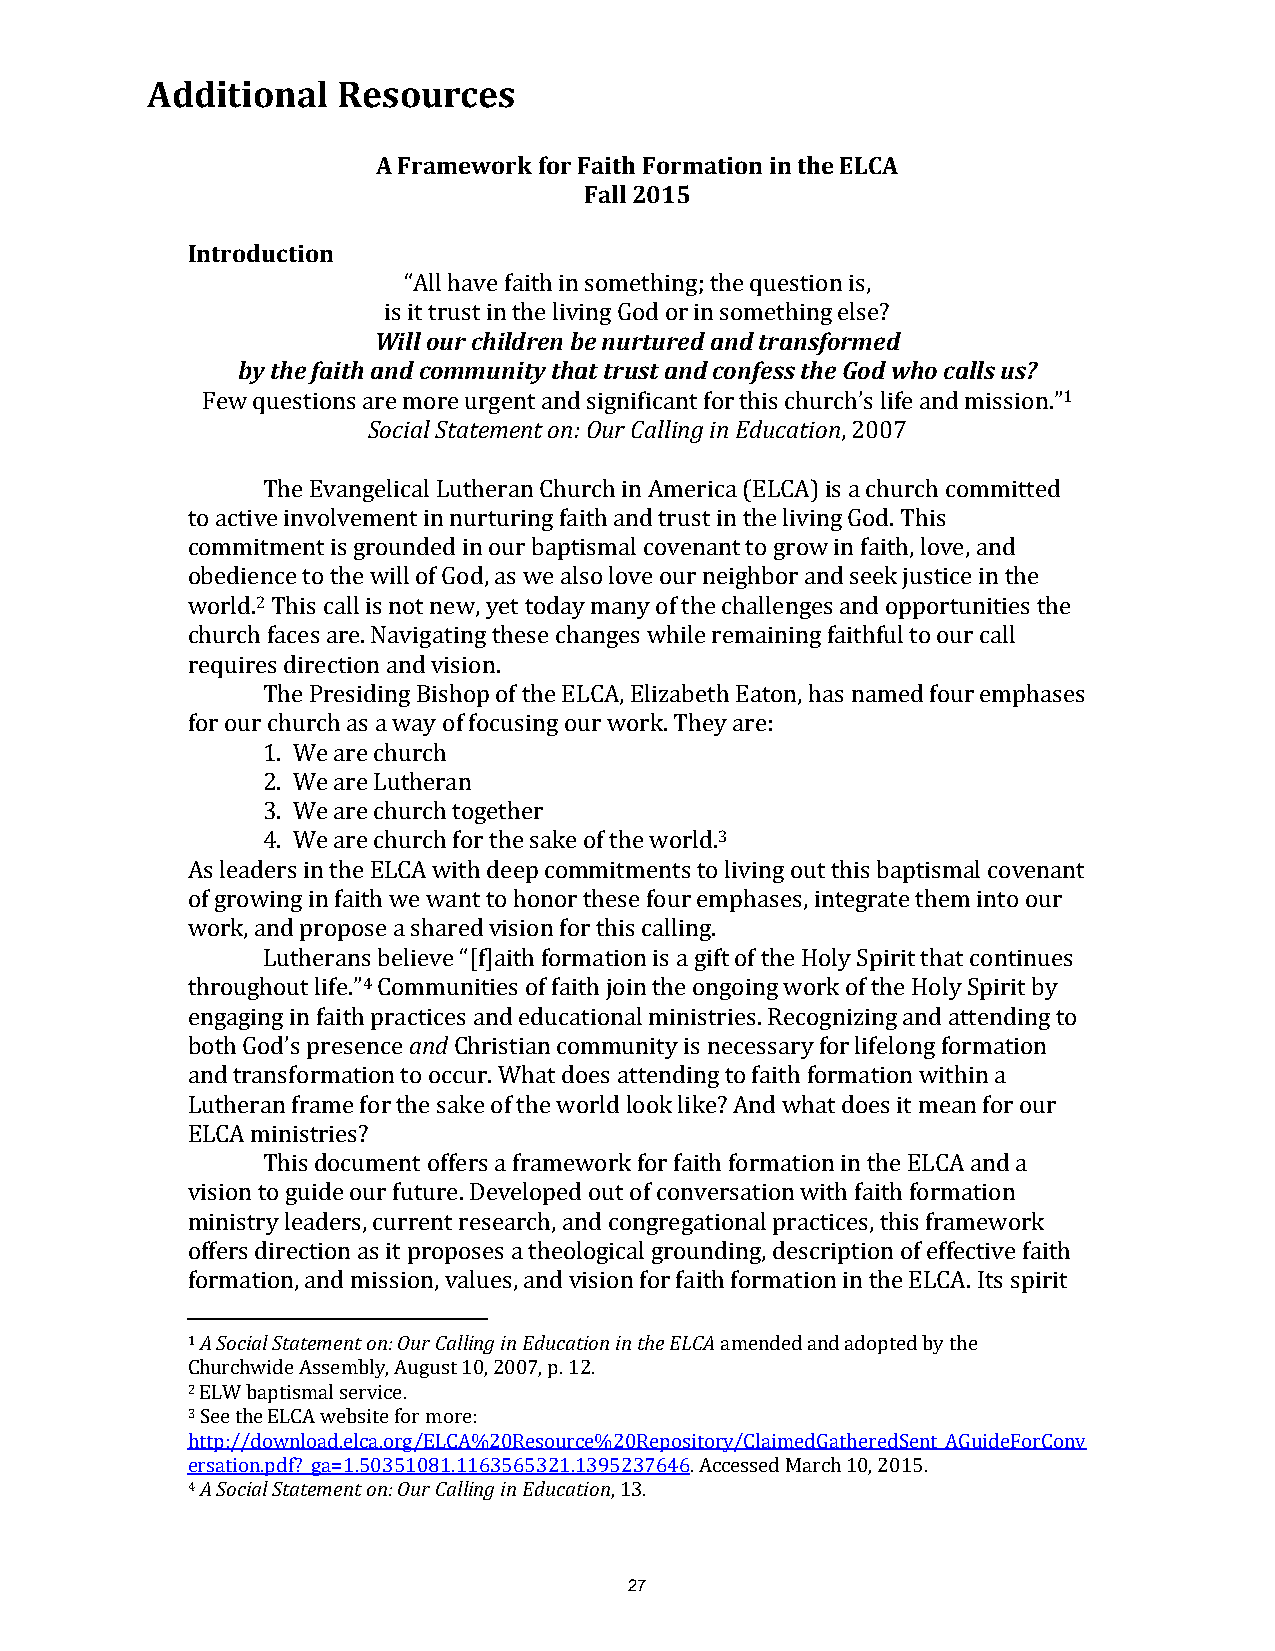
Additional  Resources
 A Framework for Faith Formation in the ELCA
 Fall 2015
 Introduction
 “All have faith in something; the question is,
 is it trust in the living God or in something else?
 Will our children be nurtured and transformed
 by the faith and community that trust and confess the God who calls us?
 Few questions are more urgent and significant for this church’s life and mission.”1
 Social Statement on: Our Calling in Education, 2007
 The Evangelical Lutheran Church in America (ELCA) is a church committed
 to active involvement in nurturing faith and trust in the living God. This
 commitment is grounded in our baptismal covenant to grow in faith, love, and
 obedience to the will of God, as we also love our neighbor and seek justice in the
 world.2 This call is not new, yet today many of the challenges and opportunities the
 church faces are. Navigating these changes while remaining faithful to our call
 requires direction and vision.
 The Presiding Bishop of the ELCA, Elizabeth Eaton, has named four emphases
 for our church as a way of focusing our work. They are:
 1. We are church
 2. We are Lutheran
 3. We are church together
 4. We are church for the sake of the world.3
 As leaders in the ELCA with deep commitments to living out this baptismal covenant
 of growing in faith we want to honor these four emphases, integrate them into our
 work, and propose a shared vision for this calling.
 Lutherans believe “[f]aith formation is a gift of the Holy Spirit that continues
 throughout life.”4 Communities of faith join the ongoing work of the Holy Spirit by
 engaging in faith practices and educational ministries. Recognizing and attending to
 both God’s presence and Christian community is necessary for lifelong formation
 and transformation to occur. What does attending to faith formation within a
 Lutheran frame for the sake of the world look like? And what does it mean for our
 ELCA ministries?
 This document offers a framework for faith formation in the ELCA and a
 vision to guide our future. Developed out of conversation with faith formation
 ministry leaders, current research, and congregational practices, this framework
 offers direction as it proposes a theological grounding, description of effective faith
 formation, and mission, values, and vision for faith formation in the ELCA. Its spirit
 1 A Social Statement on: Our Calling in Education in the ELCA amended and adopted by the
 Churchwide Assembly, August 10, 2007, p. 12.
 2 ELW baptismal service.
 3 See the ELCA website for more:
 http://download.elca.org/ELCA%20Resource%20Repository/ClaimedGatheredSent_AGuideForConv
 ersation.pdf?_ga=1.50351081.1163565321.1395237646. Accessed March 10, 2015.
 4 A Social Statement on: Our Calling in Education, 13.
 27